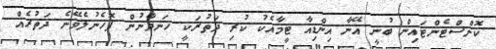
ކޮންސްޓެންޓައިން ބުނީ އޭނާ އިންޑިއާ ޓީމާއެކު ކުރި ދަތުރަކީ ހަނދާނުން ފޮހެނުލެވޭނެ ދަތުރެއް